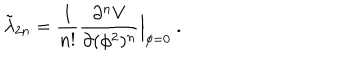
\tilde { \lambda } _ { 2 n } = { \frac { 1 } { n ! } } { \frac { \partial ^ { n } V } { \partial ( \phi ^ { 2 } ) ^ { n } } } \Big | _ { \phi = 0 } \ .